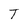
Character: T